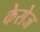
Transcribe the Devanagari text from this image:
केसेज